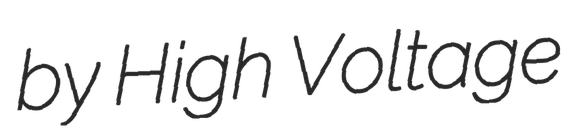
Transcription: by High Voltage